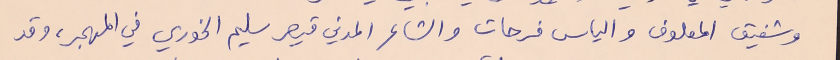
وشفيق المعلوف والياس فرحات والشاعر المدني قيصر سليم الخوري في المهجر، وقد